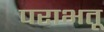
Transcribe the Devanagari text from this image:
पराभतू